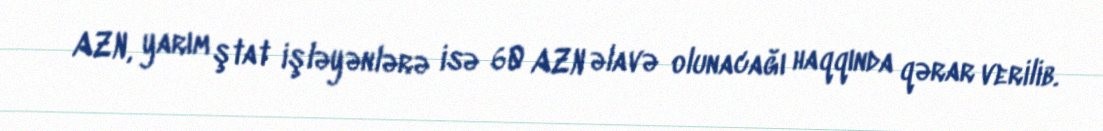
AZN, yarım ştat işləyənlərə isə 60 AZN əlavə olunacağı haqqında qərar verilib.